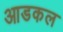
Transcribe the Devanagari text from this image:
आडकल